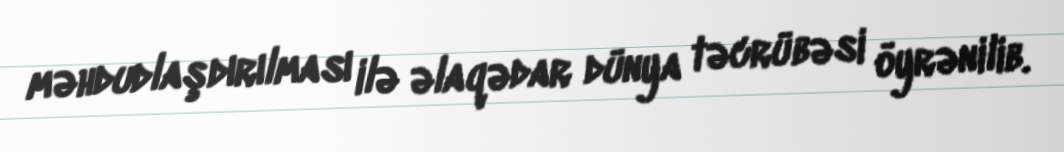
məhdudlaşdırılması ilə əlaqədar dünya təcrübəsi öyrənilib.